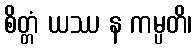
စိတ္တံ ယဿ န ကမ္ပတိ၊